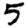
Digit: 5